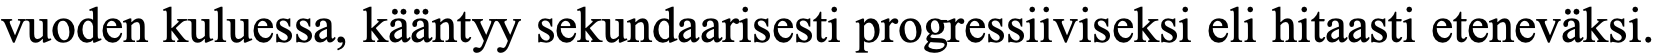
vuoden kuluessa, kääntyy sekundaarisesti progressiiviseksi eli hitaasti eteneväksi.